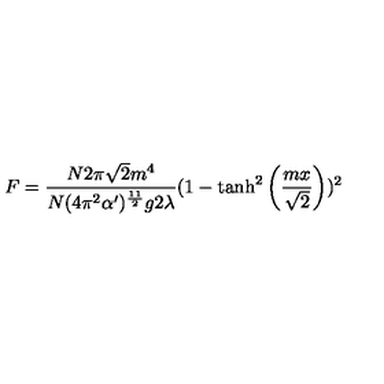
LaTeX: F = \frac { N 2 \pi \sqrt { 2 } m ^ { 4 } } { N ( 4 \pi ^ { 2 } \alpha ^ { \prime } ) ^ { \frac { 1 1 } { 2 } } g 2 \lambda } ( 1 - \tanh ^ { 2 } \left( \frac { m x } { \sqrt { 2 } } \right) ) ^ { 2 }